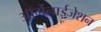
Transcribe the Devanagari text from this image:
ऑर्गेनाईजेशन